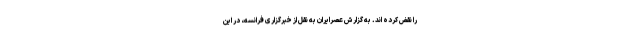
را نقض کرده اند. به گزارش عصرایران به نقل از خبرگزاری فرانسه، در این